Vaccination North-Western Provinces and Oudh 1878-1895 - 1878-1895
Year: 1878
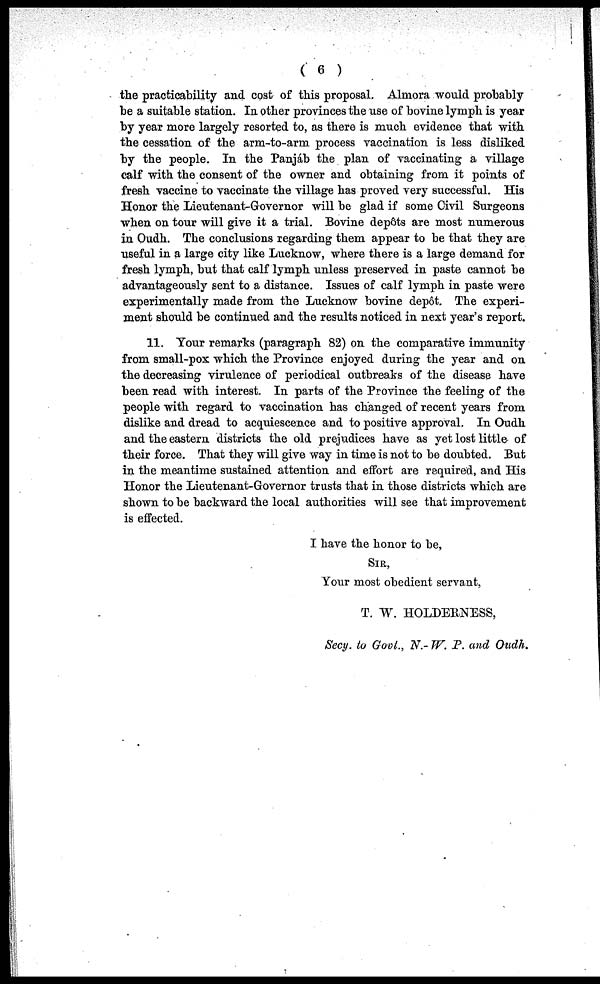
( 6 )
the practicability and cost of this proposal. Almora would probably
be a suitable station. In other provinces the use of bovine lymph is year
by year more largely resorted to, as there is much evidence that with
the cessation of the arm-to-arm process vaccination is less disliked
by the people. In the Panjáb the plan of vaccinating a village
calf with the consent of the owner and obtaining from it points of
fresh vaccine to vaccinate the village has proved very successful. His
Honor the Lieutenant-Governor will be glad if some Civil Surgeons
when on tour will give it a trial. Bovine depôts are most numerous
in Oudh. The conclusions regarding them appear to be that they are
useful in a large city like Lucknow, where there is a large demand for
fresh lymph, but that calf lymph unless preserved in paste cannot be
advantageously sent to a distance. Issues of calf lymph in paste were
experimentally made from the Lucknow bovine depôt. The experi-
ment should be continued and the results noticed in next year's report.
11. Your remarks (paragraph 82) on the comparative immunity
from small-pox which the Province enjoyed during the year and on
the decreasing virulence of periodical outbreaks of the disease have
been read with interest. In parts of the Province the feeling of the
people with regard to vaccination has changed of recent years from
dislike and dread to acquiescence and to positive approval. In Oudh
and the eastern districts the old prejudices have as yet lost little of
their force. That they will give way in time is not to be doubted. But
in the meantime sustained attention and effort are required, and His
Honor the Lieutenant-Governor trusts that in those districts which are
shown to be backward the local authorities will see that improvement
is effected.
I have the honor to be,
SIR,
Your most obedient servant,
T. W. HOLDERNESS,
Secy. to Govt., N.- W. P. and Oudh.